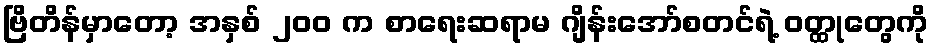
ဗြိတိန်မှာတော့ အနှစ် ၂၀၀ က စာရေးဆရာမ ဂျိန်းအော်စတင်ရဲ့ ဝတ္ထုတွေကို